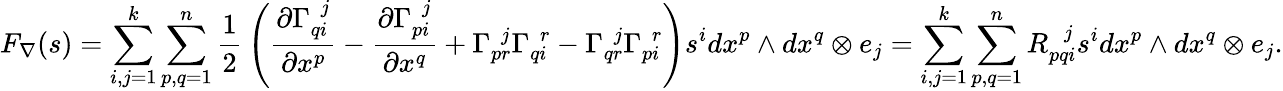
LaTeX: F_{\nabla}(s)=\sum_{i,j=1}^{k}\sum_{p,q=1}^{n}{\frac{1}{2}}\left({\frac{\partial\Gamma_{qi}^{\ \ j}}{\partial x^{p}}}-{\frac{\partial\Gamma_{pi}^{\ \ j}}{\partial x^{q}}}+\Gamma_{pr}^{\ \ j}\Gamma_{qi}^{\ \ r}-\Gamma_{qr}^{\ \ j}\Gamma_{pi}^{\ \ r}\right)s^{i}dx^{p}\wedge dx^{q}\otimes e_{j}=\sum_{i,j=1}^{k}\sum_{p,q=1}^{n}R_{pqi}^{\ \ \ j}s^{i}dx^{p}\wedge dx^{q}\otimes e_{j}.